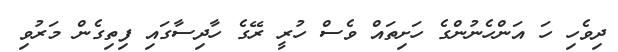
ދިވެހި ހަ އަންހެނުންގެ ހަށިތައް ވެސް ހުރީ ރޭގެ ހާދިސާގައި ފިތިގެން މަރުވި